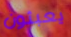
يعبثون